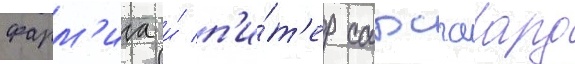
фарм'ига и́ п'и́т'ер сарсгаард